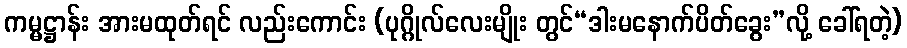
ကမ္မဋ္ဌာန်း အားမထုတ်ရင် လည်းကောင်း (ပုဂ္ဂိုလ်လေးမျိုး တွင်“ဒါးမနောက်ပိတ်ခွေး”လို့ ခေါ်ရတဲ့)